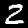
Digit: 2